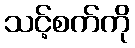
သင့်စက်ကို